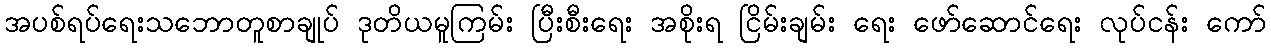
အပစ်ရပ်ရေးသဘောတူစာချုပ် ဒုတိယမူကြမ်း ပြီးစီးရေး အစိုးရ ငြိမ်းချမ်း ရေး ဖော်ဆောင်ရေး လုပ်ငန်း ကော်